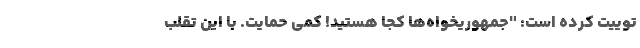
توییت کرده است: "جمهوریخواه‌ها کجا هستید! کمی حمایت. با این تقلب